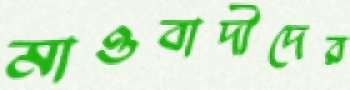
মাওবাদীদের